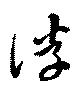
浮